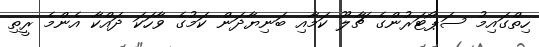
ހިތްގައިމު ސަޕޯޓަރުންގެ ޗާލޫ ކަމާއި ބަނިޔާދަން ކަމުގެ ވާހަކަ ދައްކާ އެންމެ ރީތި